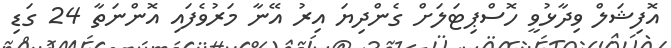
އޮފިޝަލް ވިދާޅުވީ ހޮސްޕިޓަލަށް ގެންދިޔަ އިރު އޭނާ މަރުވެފައި އޮންނަތާ 24 ގަޑި